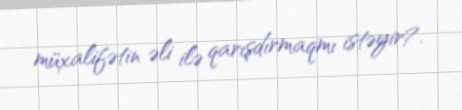
müxalifətin əli ilə qarışdırmaqmı istəyir?.